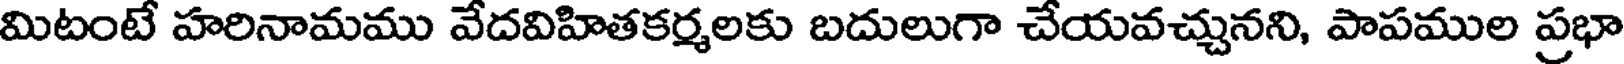
మిటంటే హరినామము వేదవిహితకర్మలకు బదులుగా చేయవచ్చునని, పాపముల ప్రభా